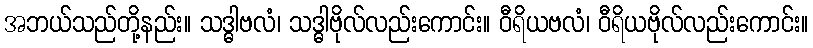
အဘယ်သည်တို့နည်း။ သဒ္ဓါဗလံ၊ သဒ္ဓါဗိုလ်လည်းကောင်း။ ဝီရိယဗလံ၊ ဝီရိယဗိုလ်လည်းကောင်း။